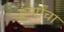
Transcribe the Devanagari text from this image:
दर्ग्यांचा